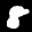
Label: 8